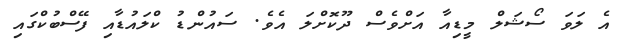
އެ ލަވަ ސޯޝަލް މީޑިއާ އަށްވެސް ދޫކޮށްލަ އެވެ. ސައުންޑު ކްލައުޑާއި ފޭސްބުކްގައި